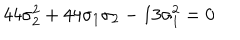
4 4 \sigma _ { 2 } ^ { 2 } + 4 4 \sigma _ { 1 } \sigma _ { 2 } - 1 3 \sigma _ { 1 } ^ { 2 } = 0